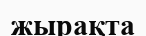
жырақта